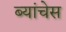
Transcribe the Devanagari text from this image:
ब्यांचेस